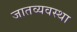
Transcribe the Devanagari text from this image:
जातव्यवस्था